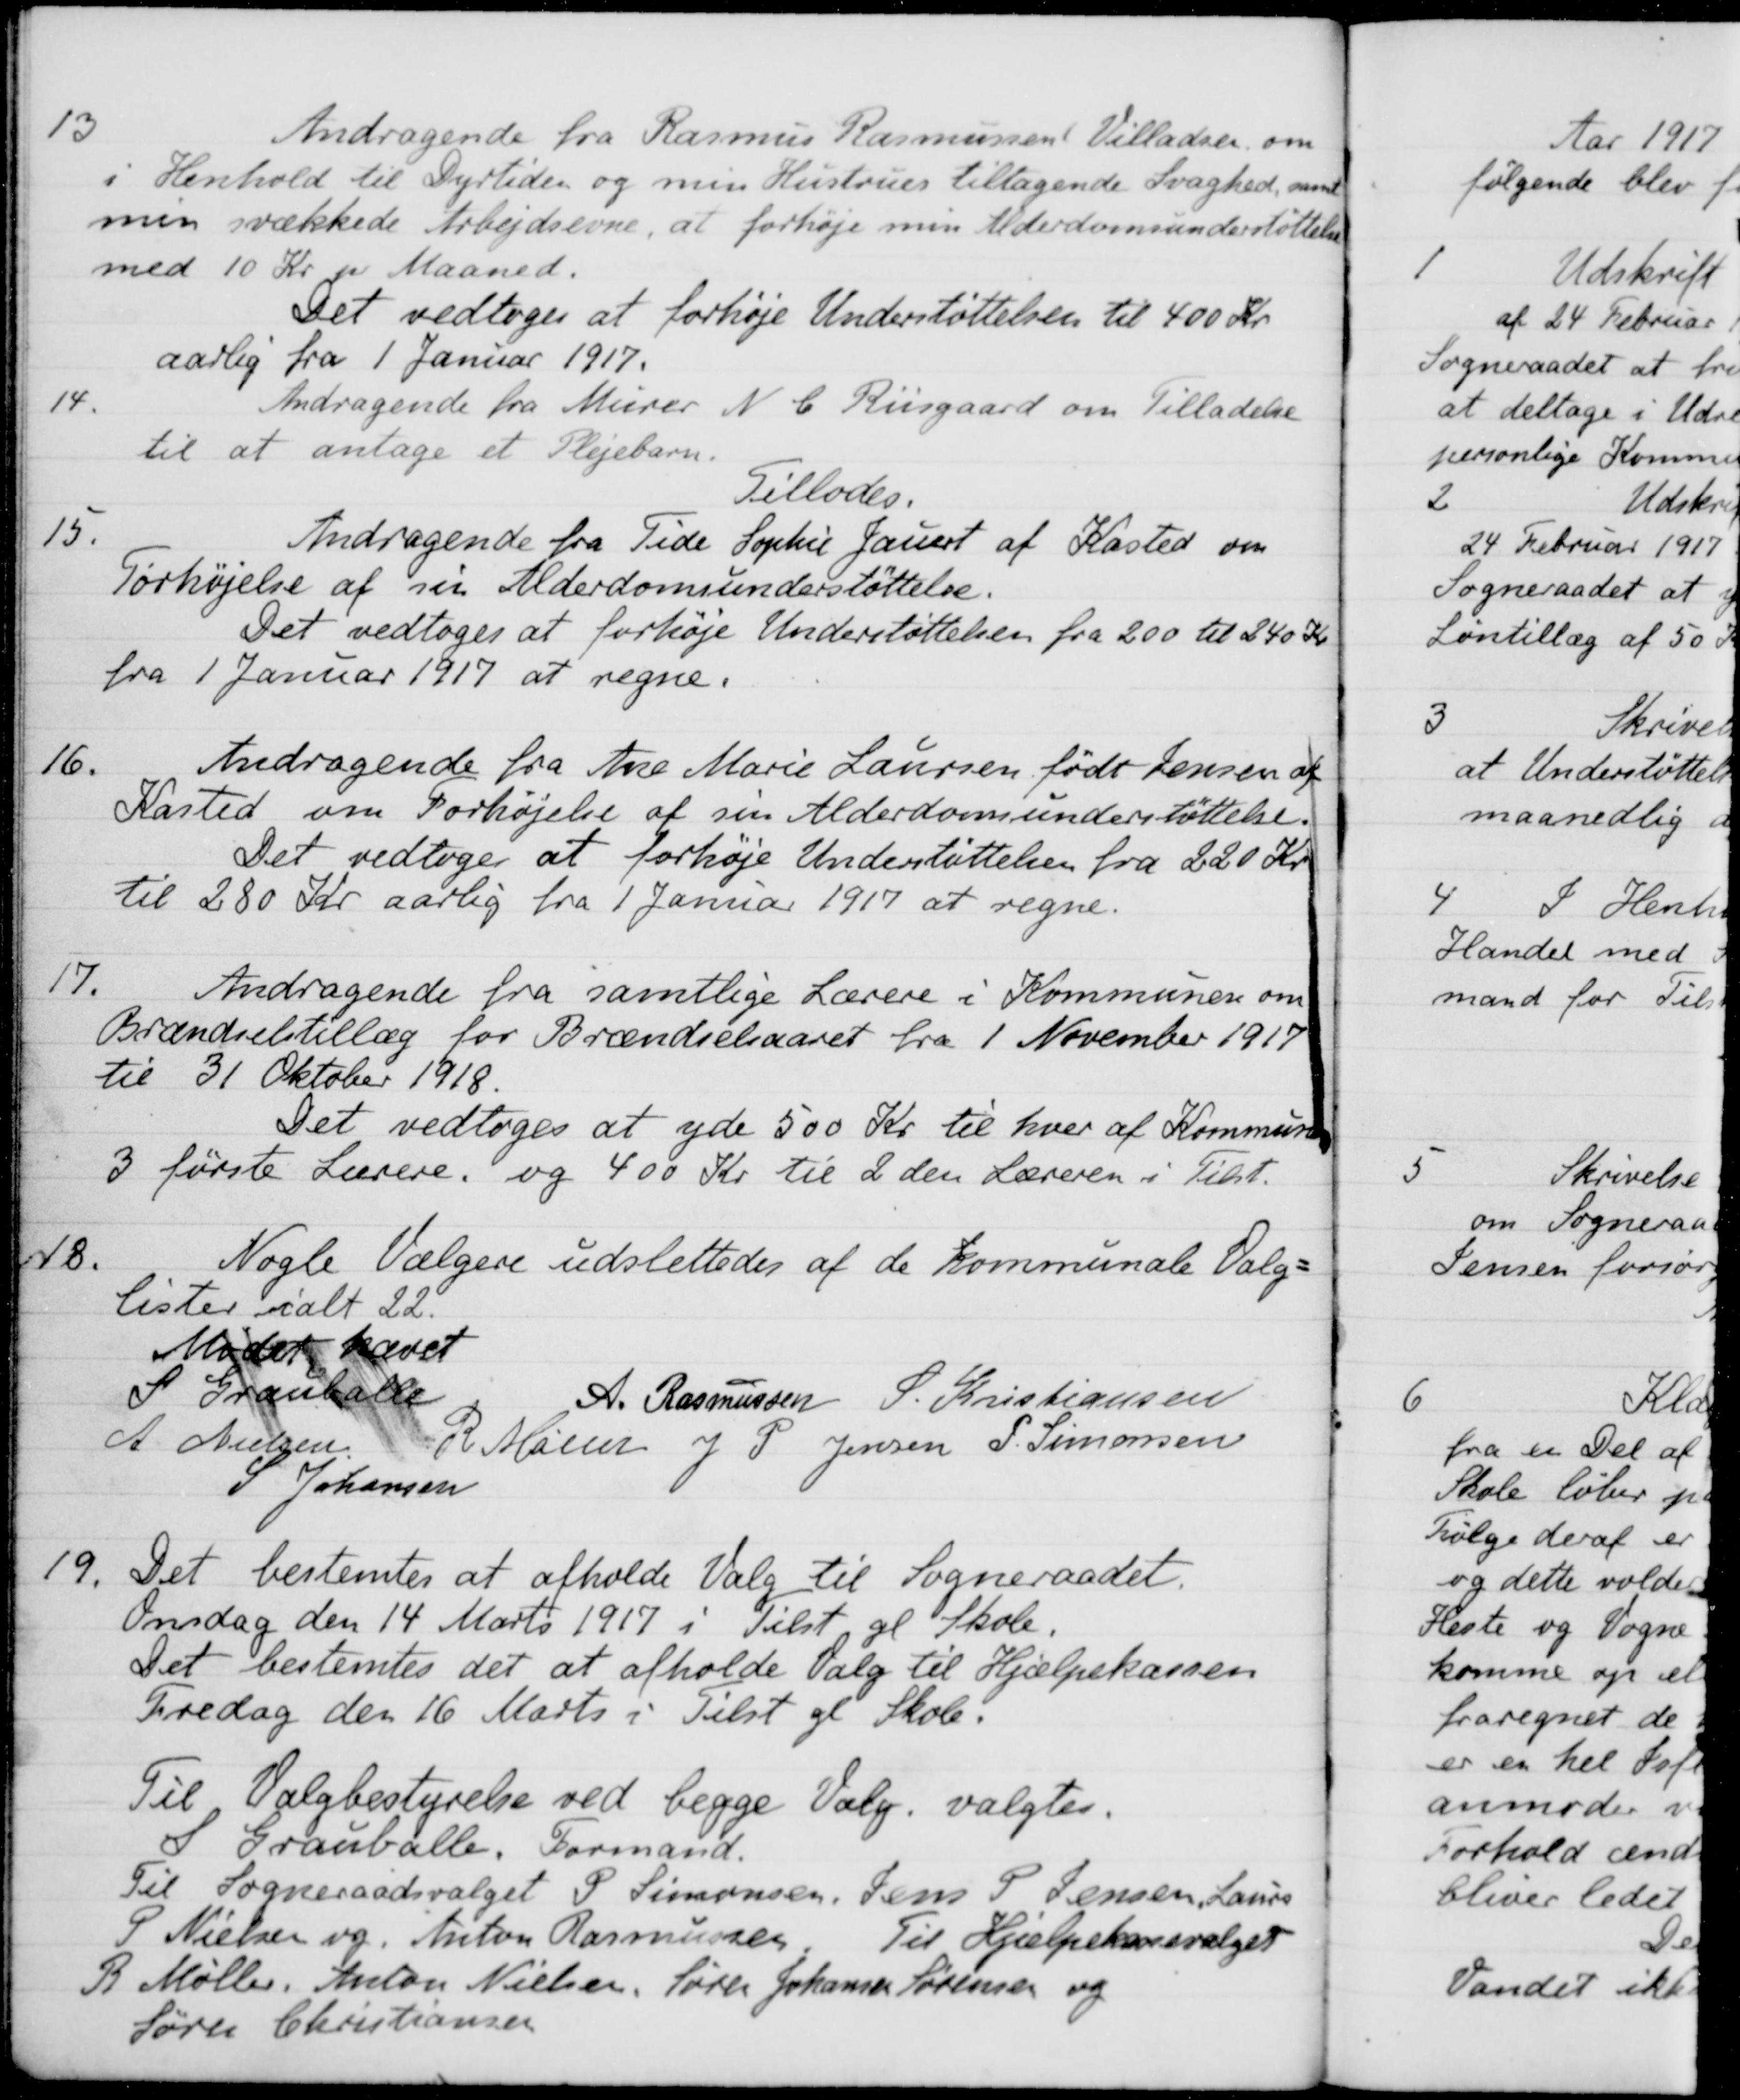
Transskription:
13
Andragende fra Rasmus Rasmussen Villadsen om
5 Henhold til Dyrtiden og min Hustrues tiltagende Svaghed, samt
min svækkede Arbejdsevne, at forhøje min Alderdomsunderstøttelse
med 10 Kr pr Maaned.
Det vedtoges at forhøje Understøttelsen til 400 Kr.
aarlig fra 1 Januar 1917.
14.
Andragende fra Murer N. C. Riisgaard om Tilladelse
til at antage et Plejebarn.
Tillades.
13.
Andragende fra Tide Sophie Jauert af Kasted om
Forhøjelse af sin Alderdomsunderstøttelse.
Det vedtoges at forhøje Understøttelsen fra 200 til 240 Kr
fra 1 Januar 1917 at regne.
16.
Andragende fra Ane Marie Laursen født Jensen af
Kasted om Forhøjelse af sin Alderdomsunderstøttelse.
Det vedtoges at forhøje Understøttelsen fra 220 Kr.
til 280 Kr aarlig fra 1 Januar 1917 at regne.
17.
Andragende fra samtlige Lærere i Kommunen om
Brændselstillæg for Brændselsaaret fra 1 November 1917
til 31 Oktober 1918.
Det vedtoges at yde 500 Kr til hver af Kommunens
3 første Lærere, og 400 Kr til 2 den Læreren i Tilst.
48.
Nogle Vælgere udslettedes af de kommunale Valg=
lister ialt 22.
Mødet hævet
S Grauballe
A. Rasmussen
S. Kristiansen
A. Nielsen
R Møller
J P Jensen
P. Simonsen
S Johansen
19.
Det bestemtes at afholde Valg til Sogneraadet.
Onsdag den 14 Marts 1917 i Tilst gl Skole.
Det bestemtes det at afholde Valg til Hjælpekassen
Fredag den 16 Marts i Tilst gl Skole.
Til Valgbestyrelse ved begge Valg valgtes.
S Grauballe, Formand
Til Sogneraadsvalget P. Simonsen, Jens P. Jensen, Laurs
P Nielsen og Anton Rasmussen Til Hjælpekassevalget
R Møller, Anton Nielsen, Søren Johannes Sørensen og
Søren Christiansen